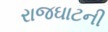
રાજઘાટની